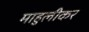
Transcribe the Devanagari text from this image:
माहुलीकर